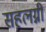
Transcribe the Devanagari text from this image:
सहलग्नी